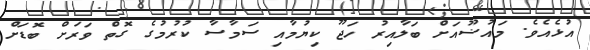
އުޅެއެވެ. މައުޟޫއަށް ބަލާއިރު ހަޖޫ ކިޔުމާއި ސަމާސާ ކުރުމުގެ ގޮތް ވަރަށް ބޮޑަށް